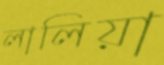
লালিয়া